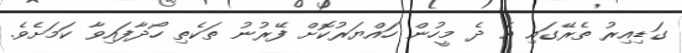
ގަޑިއިރު ތެރޭގައި އެ ދެ މީހުން ހައްޔަރުކޮށް ފޭރުނު ތަކެތި ހޯދާފައިވާ ކަމަށެވެ.